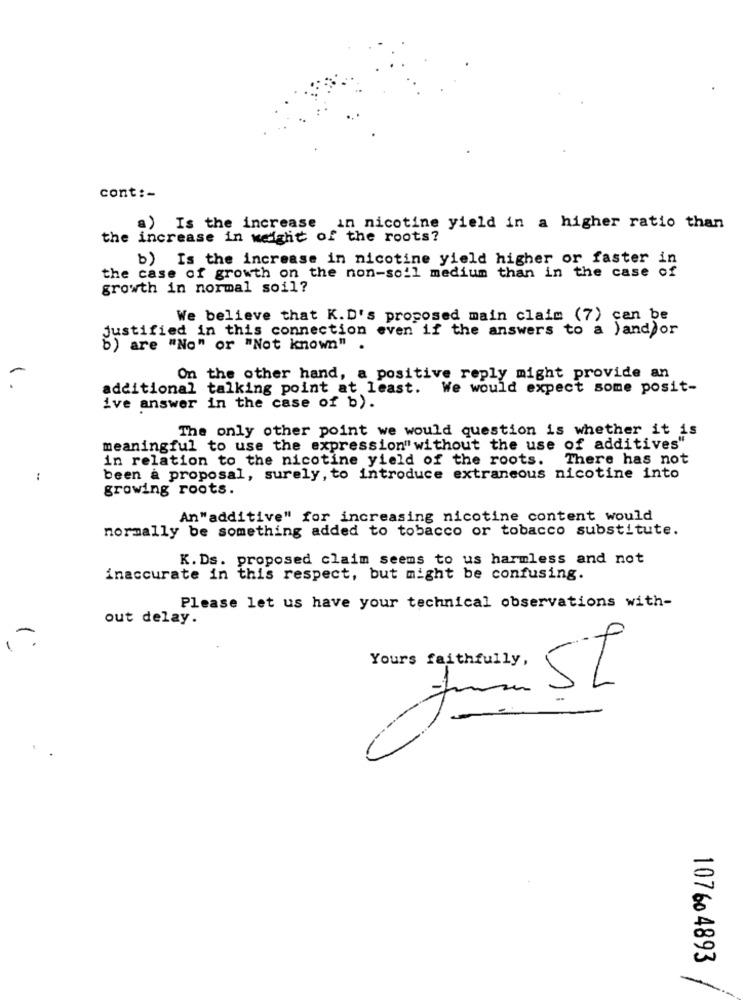
cont :-
a) Is the increase in nicotine yield in a higher ratio than
the increase in weight of the roots?
b) Is the increase in nicotine yield higher or faster in
the case of growth on the non-soil medium than in the case of
growth in normal soil?
We believe that K.D's proposed main claim (7) can be
justified in this connection even if the answers to a )and/or
b) are "No" or "Not known"
On the other hand, a positive reply might provide an
. .
additional talking point at least. We would expect some posit-
ive answer in the case of b).
The only other point we would question is whether it is
meaningful to use the expression"without the use of additives"
in relation to the nicotine yield of the roots.
There has not
:
been a proposal, surely, to introduce extraneous nicotine into
growing roots.
An"additive" for increasing nicotine content would
normally be something added to tobacco or tobacco substitute.
K. Ds. proposed claim seems to us harmless and not
inaccurate in this respect, but might be confusing.
Please let us have your technical observations with-
out delay.
Yours faithfully,
107 60 4893
-